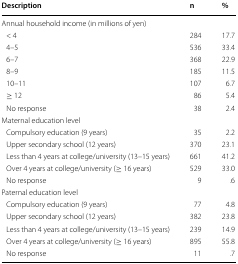
<table><thead><tr><td><b>Description</b></td><td><b>n</b></td><td><b>%</b></td></tr></thead><tbody><tr><td colspan="3">Annual household income (in millions of yen)</td></tr><tr><td> &lt; 4</td><td>284</td><td>17.7</td></tr><tr><td> 4–5</td><td>536</td><td>33.4</td></tr><tr><td> 6–7</td><td>368</td><td>22.9</td></tr><tr><td> 8–9</td><td>185</td><td>11.5</td></tr><tr><td> 10–11</td><td>107</td><td>6.7</td></tr><tr><td> ≥ 12</td><td>86</td><td>5.4</td></tr><tr><td> No response</td><td>38</td><td>2.4</td></tr><tr><td colspan="3">Maternal education level</td></tr><tr><td> Compulsory education (9 years)</td><td>35</td><td>2.2</td></tr><tr><td> Upper secondary school (12 years)</td><td>370</td><td>23.1</td></tr><tr><td> Less than 4 years at college/university (13–15 years)</td><td>661</td><td>41.2</td></tr><tr><td> Over 4 years at college/university (≥ 16 years)</td><td>529</td><td>33.0</td></tr><tr><td> No response</td><td>9</td><td>.6</td></tr><tr><td colspan="3">Paternal education level</td></tr><tr><td> Compulsory education (9 years)</td><td>77</td><td>4.8</td></tr><tr><td> Upper secondary school (12 years)</td><td>382</td><td>23.8</td></tr><tr><td> Less than 4 years at college/university (13–15 years)</td><td>239</td><td>14.9</td></tr><tr><td> Over 4 years at college/university (≥ 16 years)</td><td>895</td><td>55.8</td></tr><tr><td> No response</td><td>11</td><td>.7</td></tr></tbody></table>